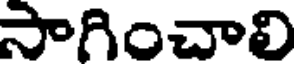
సాగించాలి